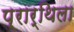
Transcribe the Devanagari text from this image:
प्रार्थिला